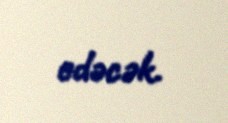
edəcək.